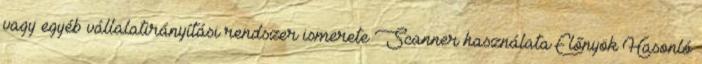
vagy egyéb vállalatirányítási rendszer ismerete Scanner használata Előnyök Hasonló